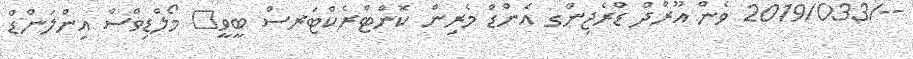
--/2019/033 ވެން އޫރްދް ޑްރެޖިންގ އެންޑް މެރިން ކޮންޓްރެކްޓަރސް ބީވީ	 މޯލްޑިވްސް އިންލަންޑް